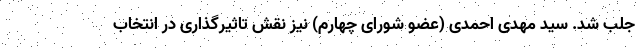
جلب شد. سید مهدی احمدی (عضو شورای چهارم) نیز نقش تاثیرگذاری در انتخاب